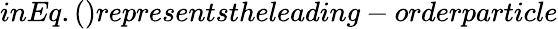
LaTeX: inEq.()representstheleading-orderparticle